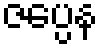
ဇပ္ပေန